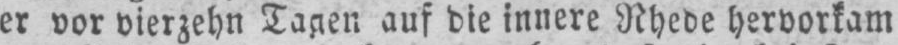
er vor vierzehn Tagen auf die innere Rhede hervorkam